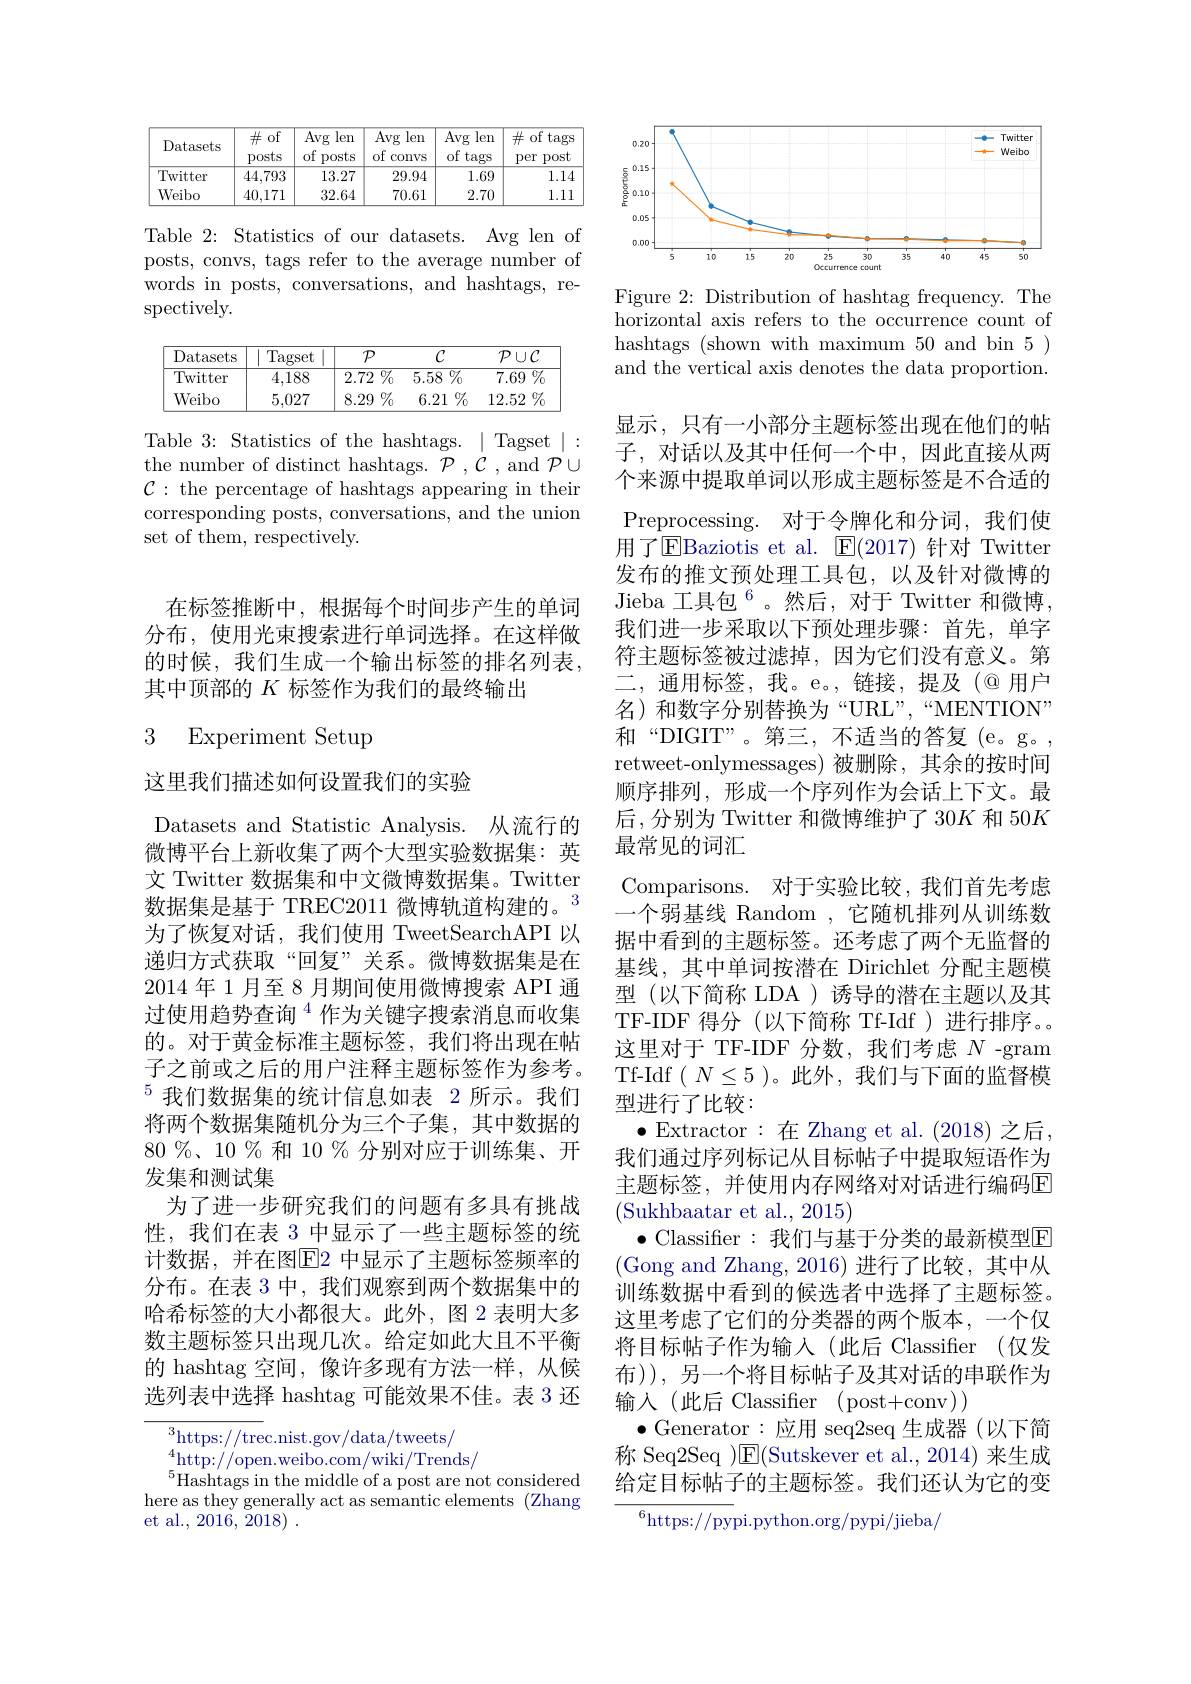
<table>
	<tbody>
		<tr>
			<th>Datasets</th>
			<th>$\#$of posts</th>
			<th>Avg len of posts</th>
			<th>Avg len of convs</th>
			<th>Avg len of tags</th>
			<th>$\#$ of tags per post</th>
		</tr>
		<tr>
			<td>Twitter</td>
			<td>44,793</td>
			<td>13.27</td>
			<td>29.94</td>
			<td>1.69</td>
			<td>1.14</td>
		</tr>
		<tr>
			<td>Weibo</td>
			<td>40,171</td>
			<td>32.64</td>
			<td>70.61</td>
			<td>2.70</td>
			<td>1.11</td>
		</tr>
	</tbody>
</table>

Table 2: Statistics of our datasets. Avg len of posts, convs, tags refer to the average number of words in posts, conversations, and hashtags, respectively.

<table>
	<tbody>
		<tr>
			<th>Datasets</th>
			<th>Tagset</th>
			<th>$\mathcal{P}$</th>
			<th>$C$</th>
			<th>$\mathcal{P}\cup\mathcal{C}$</th>
		</tr>
		<tr>
			<td>Twitter</td>
			<td>4,188</td>
			<td>2.72 $\%$</td>
			<td>$\overline{5.58\%}$</td>
			<td>$\overline{7.69\%}$ </td>
		</tr>
		<tr>
			<td>Weibo</td>
			<td>5.027</td>
			<td>8.29</td>
			<td>6.21 $\%$</td>
			<td>12.52 117</td>
		</tr>
	</tbody>
</table>

Table 3: Statistics of the hashtags. | Tagset | : the number of distinct hashtags. $\mathcal{P},\mathcal{C}$, and $\mathcal{P}\cup$ $\mathcal{C}:$ the percentage of hashtags appearing in their corresponding posts, conversations, and the union set of them, respectively.

在标签推断中，根据每个时间步产生的单词分布，使用光束搜索进行单词选择。在这样做的时候，我们生成一个输出标签的排名列表， 其中顶部的$K$标签作为我们的最终输出

### 3 Experiment Setup

这里我们描述如何设置我们的实验

Datasets and Statistic Analysis. 从流行的微博平台上新收集了两个大型实验数据集：英文 Twitter 数据集和中文微博数据集。Twitter 数据集是基于 TREC2011 微博轨道构建的。$^{3}$ 为了恢复对话，我们使用 TweetSearchAPI 以递归方式获取“回复”关系。微博数据集是在2014 年 1 月至 8 月期间使用微博搜索 API 通过使用趋势查询$^{4}$作为关键字搜索消息而收集的。对于黄金标准主题标签，我们将出现在帖子之前或之后的用户注释主题标签作为参考。$^{5}$我们数据集的统计信息如表 2 所示。我们将两个数据集随机分为三个子集，其中数据的$80\%、10\%$和 10 % 分别对应于训练集、开发集和测试集
为了进一步研究我们的问题有多具有挑战性，我们在表 3 中显示了一些主题标签的统计数据，并在图$\overline{\mathrm{E}}$2 中显示了主题标签频率的分布。在表 3 中，我们观察到两个数据集中的哈希标签的大小都很大。此外，图 2 表明大多数主题标签只出现几次。给定如此大且不平衡的 hashtag 空间，像许多现有方法一样，从候选列表中选择 hashtag 可能效果不佳。表 3 还

$^3$https://trec.nist.gov/data/tweets/
$^4$http://open.weibo.com/wiki/Trends/
$^{5}$Hashtags in the middle of a post are not considered here as they generally act as semantic elements (Zhang et al., 2016, 2018) .

<FigureHere>

Figure 2: Distribution of hashtag frequency. The horizontal axis refers to the occurrence count of hashtags (shown with maximum 50 and bin 5) and the vertical axis denotes the data proportion.

显示，只有一小部分主题标签出现在他们的帖子，对话以及其中任何一个中，因此直接从两个来源中提取单词以形成主题标签是不合适的Preprocessing. 对于令牌化和分词，我们使用了$\dot{\text{EBaziotis et al.}}$ $\overline{\text{E(2017)针对 Twitter}}$ 发布的推文预处理工具包，以及针对微博的Jieba 工具包$^{6}$。然后，对于 Twitter 和微博， 我们进一步采取以下预处理步骤：首先，单字符主题标签被过滤掉，因为它们没有意义。第二，通用标签，我。e。,链接，提及(@用户名)和数字分别替换为“URL”,“MENTION” 和“DIGIT”。第三，不适当的答复(e。g。, retweet-onlymessages)被删除，其余的按时间顺序排列，形成一个序列作为会话上下文。最后，分别为 Twitter 和微博维护了 30$K$和 50$K$ 最常见的词汇
Comparisons. 对于实验比较，我们首先考虑一个弱基线 Random , 它随机排列从训练数据中看到的主题标签。还考虑了两个无监督的基线，其中单词按潜在 Dirichlet 分配主题模型(以下简称 LDA )诱导的潜在主题以及其TF-IDF 得分(以下简称 Tf-Idf)进行排序。这里对于 TF-IDF 分数，我们考虑$N$ -gram Tf-Idf $(N\leq5$ )。此外，我们与下面的监督模型进行了比较：
$\bullet$Extractor:在 Zhang et al. (2018) 之后， 我们通过序列标记从目标帖子中提取短语作为主题标签，并使用内存网络对对话进行编码$\overline{\mathrm{E}}$ (Sukhbaatar et al., 2015)
$\bullet$ Classifier:我们与基于分类的最新模型$\mathbb{E}$ (Gong and Zhang, 2016) 进行了比较，其中从训练数据中看到的候选者中选择了主题标签。这里考虑了它们的分类器的两个版本，一个仅将目标帖子作为输入(此后 Classifer (仅发布)),另一个将目标帖子及其对话的串联作为输入(此后 Classifier (post+conv))
$\bullet$Generator:应用 seq2seq 生成器(以下简称 Seq2Seq )$\overline {\mathrm{E} }$( Sutskever et al. , 2014) 来生成给定目标帖子的主题标签。我们还认为它的变
$^{6}$https://pypi.python.org/pypi/jieba/